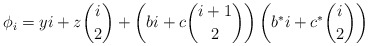
\begin{align*}\phi_i = yi + z\binom{i}{2} + \left(bi+c\binom{i+1}{2}\right)\left(b^*i+c^*\binom{i}{2}\right)\end{align*}